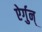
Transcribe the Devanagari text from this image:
ऐर्गुन्